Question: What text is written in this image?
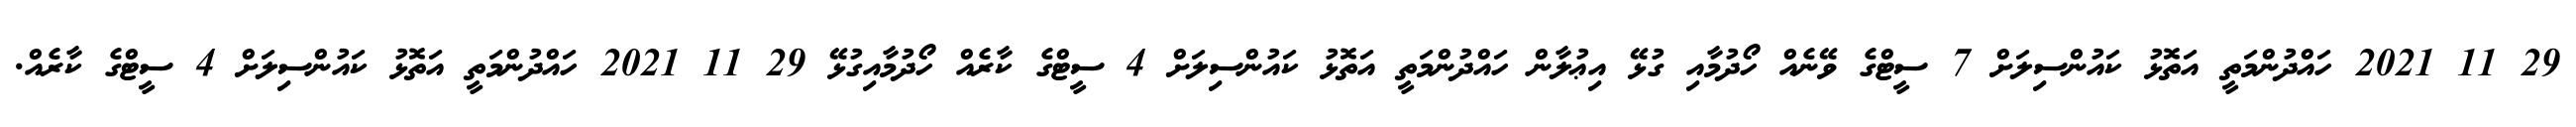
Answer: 29 11 2021 ހައްދުންމަތީ އަތޮޅު ކައުންސިލަށް 7 ސީޓްގެ ވޭނެއް ހޯދުމާއި ގުޅޭ އިޢުލާން ހައްދުންމަތީ އަތޮޅު ކައުންސިލަށް 4 ސީޓްގެ ކާރެއް ހޯދުމާއިގުޅޭ 29 11 2021 ހައްދުންމަތީ އަތޮޅު ކައުންސިލަށް 4 ސީޓްގެ ކާރެއް.